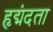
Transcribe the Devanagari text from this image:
हृद्मंदता